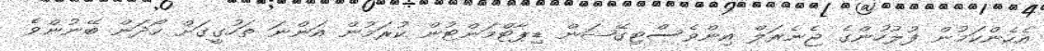
އެހެންކަމުން ފުލުހުންގެ ޖެނެރަލް އިންވެސްޓިގޭޝަން ޑިޕާޓްމަންޓުން ކުރަމުން އަންނަ ތަހުގީގަށް ހޯދަން ބޭނުންވެ